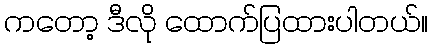
ကတော့ ဒီလို ထောက်ပြထားပါတယ်။